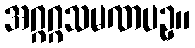
အဂ္ဂဂ္ဂသမဏပဥှ။